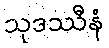
သုဒဿီနံ